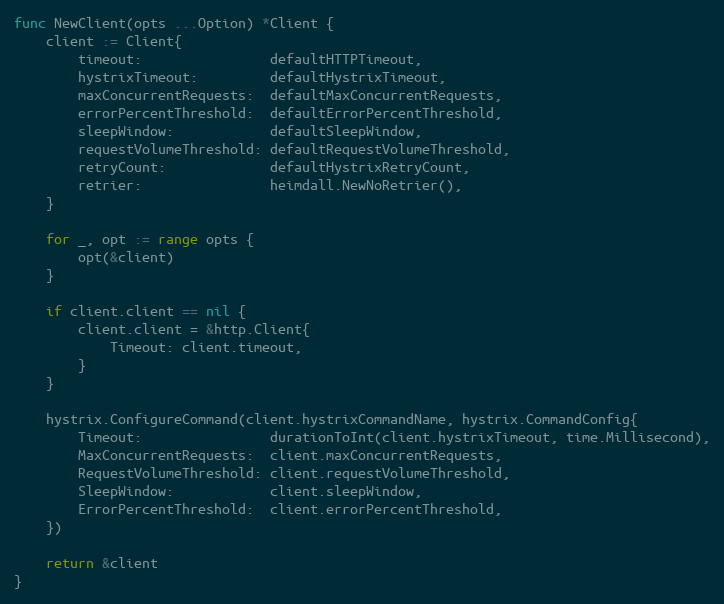
Language: Go
func NewClient(opts ...Option) *Client {
	client := Client{
		timeout:                defaultHTTPTimeout,
		hystrixTimeout:         defaultHystrixTimeout,
		maxConcurrentRequests:  defaultMaxConcurrentRequests,
		errorPercentThreshold:  defaultErrorPercentThreshold,
		sleepWindow:            defaultSleepWindow,
		requestVolumeThreshold: defaultRequestVolumeThreshold,
		retryCount:             defaultHystrixRetryCount,
		retrier:                heimdall.NewNoRetrier(),
	}

	for _, opt := range opts {
		opt(&client)
	}

	if client.client == nil {
		client.client = &http.Client{
			Timeout: client.timeout,
		}
	}

	hystrix.ConfigureCommand(client.hystrixCommandName, hystrix.CommandConfig{
		Timeout:                durationToInt(client.hystrixTimeout, time.Millisecond),
		MaxConcurrentRequests:  client.maxConcurrentRequests,
		RequestVolumeThreshold: client.requestVolumeThreshold,
		SleepWindow:            client.sleepWindow,
		ErrorPercentThreshold:  client.errorPercentThreshold,
	})

	return &client
}